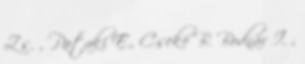
Zs. , Pataki E., Cseke B. Bodnár I. ,